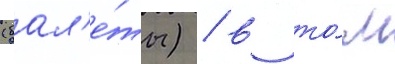
(бал'е́ты) / в то́м